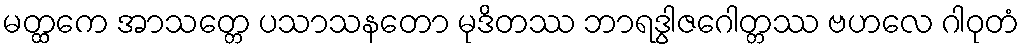
မတ္ထကေ အာသတ္တေ ပသာသနတော မုဒိတဿ ဘာရဒွါဇဂေါတ္တဿ ဗဟလေ ဂါဝုတံ